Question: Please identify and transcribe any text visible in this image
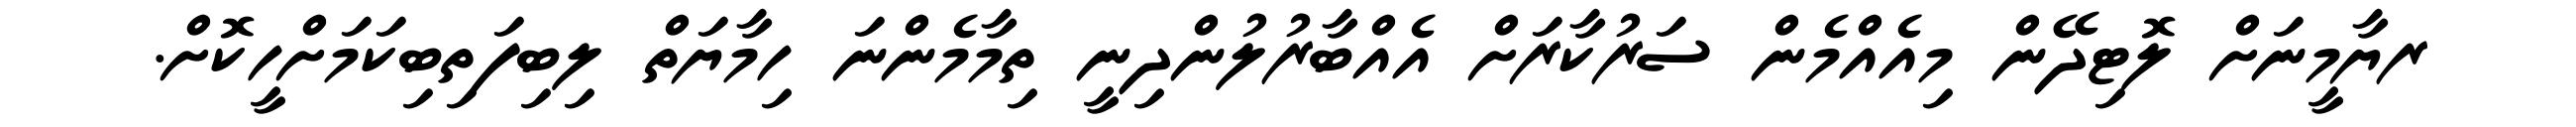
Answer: ރޔާމީނަށް ލޮޓިދޭން މިއެއްމެން ސަރުކާރަށް އެއްބާރުލުންދިނީ ތިމާމެންނަ ހިމާޔަތް ލިބިފަތިބިކަމަށްހީކޮށް.